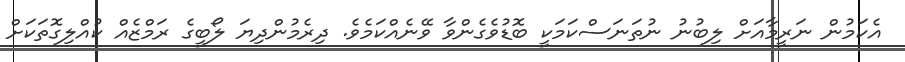
އެކަމުން ނަރީމާއަށް ލިބުނު ނުތަނަސްކަމަކީ ބޮޑުވެގެންވާ ވޭނެއްކަމެވެ. ދިރެމުންދިޔަ ލޯބީގެ ރަމްޒެއް ކުއްލިގޮތަކަށް